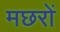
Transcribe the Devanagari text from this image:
मछरों